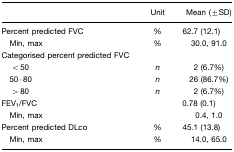
<table><thead><tr><td>[EMPTY_CELL]</td><td><b>Unit</b></td><td><b>Mean (±SD)</b></td></tr></thead><tbody><tr><td>Percent predicted FVC</td><td>%</td><td>62.7 (12.1)</td></tr><tr><td> Min, max</td><td>%</td><td>30.0, 91.0</td></tr><tr><td>Categorised percent predicted FVC</td><td>[EMPTY_CELL]</td><td>[EMPTY_CELL]</td></tr><tr><td>&lt; 50</td><td><i>n</i></td><td>2 (6.7%)</td></tr><tr><td> 50–80</td><td><i>n</i></td><td>26 (86.7%)</td></tr><tr><td>&gt; 80</td><td><i>n</i></td><td>2 (6.7%)</td></tr><tr><td>FEV<sub>1</sub>/FVC</td><td>[EMPTY_CELL]</td><td>0.78 (0.1)</td></tr><tr><td> Min, max</td><td>[EMPTY_CELL]</td><td>0.4, 1.0</td></tr><tr><td>Percent predicted DLco</td><td>%</td><td>45.1 (13.8)</td></tr><tr><td> Min, max</td><td>%</td><td>14.0, 65.0</td></tr></tbody></table>